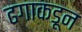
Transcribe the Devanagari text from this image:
ढगाकडून